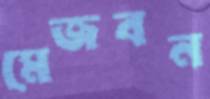
মেজবন